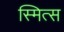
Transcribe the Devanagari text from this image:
स्मित्स